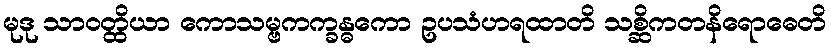
မုဒု သာဝတ္ထိယာ ကောသမ္ဗကက္ခန္ဓကော ဥပသံဟရထာတိ သစ္ဆိကတနိရောဓေတိ